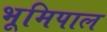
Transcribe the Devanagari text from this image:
भूमिपाल